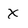
Character: X